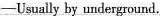
-Usually by underground.